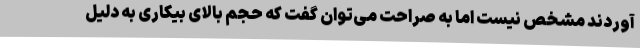
آوردند مشخص نیست اما به صراحت می‌توان گفت که حجم بالای بیکاری به دلیل